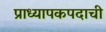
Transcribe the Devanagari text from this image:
प्राध्यापकपदाची